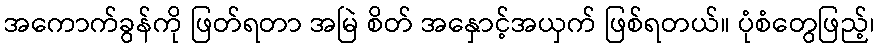
အကောက်ခွန်ကို ဖြတ်ရတာ အမြဲ စိတ် အနှောင့်အယှက် ဖြစ်ရတယ်။ ပုံစံတွေဖြည့်၊